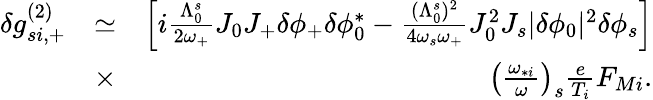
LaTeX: \begin{array}{rlr}{\delta g_{si,+}^{(2)}}&{\simeq}&{\left[i\frac{\Lambda_{0}^{s}}{2\omega_{+}}J_{0}J_{+}\delta\phi_{+}\delta\phi_{0}^{*}-\frac{(\Lambda_{0}^{s})^{2}}{4\omega_{s}\omega_{+}}J_{0}^{2}J_{s}|\delta\phi_{0}|^{2}\delta\phi_{s}\right]}\\ &{\times}&{\left(\frac{\omega_{*i}}{\omega}\right)_{s}\frac{e}{T_{i}}F_{Mi}.}\end{array}